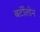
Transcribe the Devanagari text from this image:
बर्टीलोन